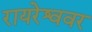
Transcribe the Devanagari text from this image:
रायरेश्ववर